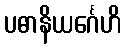
ပဓာနိယင်္ဂေဟိ